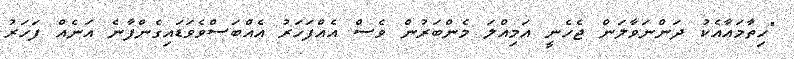
"ހިތާމައާއެކު ދަންނަވާލަން ޖެހެނީ އަމިއްލަ މެންބަރުން ވެސް އެއްފަހަރު އެއްބަސްވެވަޑައިގެންފާނެ އަނެއް ފަހަރު